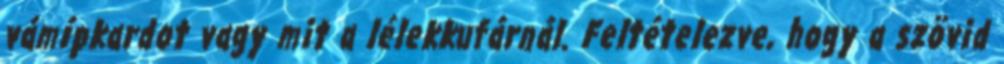
vámípkardot vagy mit a lélekkufárnál. Feltételezve, hogy a szövid